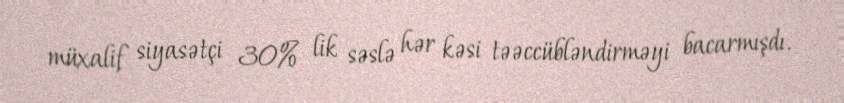
müxalif siyasətçi 30% lik səslə hər kəsi təəccübləndirməyi bacarmışdı.